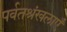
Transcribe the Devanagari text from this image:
पर्वतश्रंखलाएँ